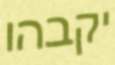
יקבהו